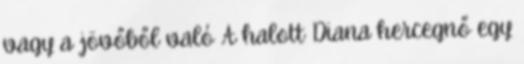
vagy a jövőből való A halott Diana hercegnő egy